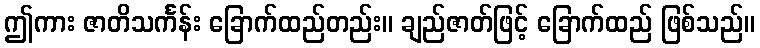
ဤကား ဇာတိသင်္ကန်း ခြောက်ထည်တည်း။ ချည်ဇာတ်ဖြင့် ခြောက်ထည် ဖြစ်သည်။